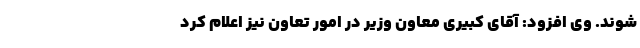
شوند. وی افزود: آقای کبیری معاون وزیر در امور تعاون نیز اعلام کرد